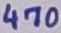
Text: 470